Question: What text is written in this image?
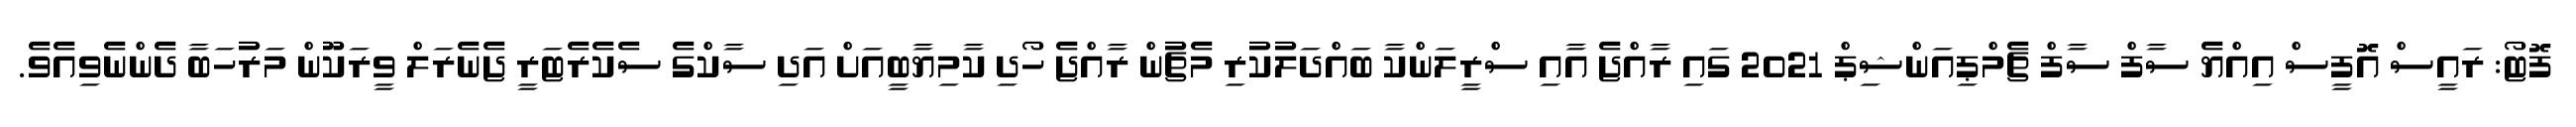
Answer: ފޮޓޯ: ރައީސް އޮފީސް އިއްޔެ ސާފް ސާފް ޗެމްޕިއަންޝިޕް 2021 ގައި ރާއްޖެ އާއި ސްރީލަންކާ ބައްދަލުކުރި މެޗުން ރާއްޖެ ހޯދި ކާމިޔާބީއަށް އަދި ސާކްގެ ސެކެރެޓަރީ ޖެނެރަލް ވީރަކޫން މަރުހަބާ ދެންނެވިއެވެ.